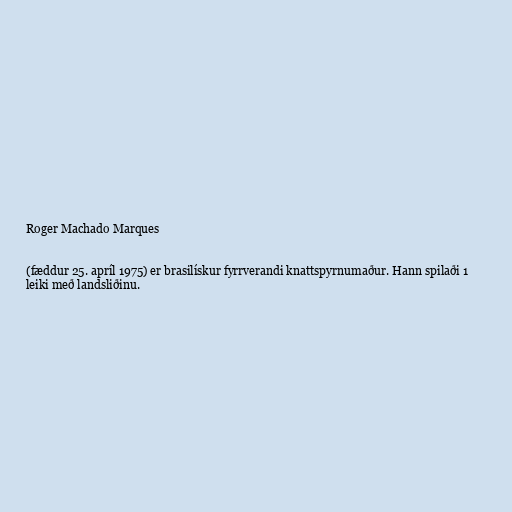
Roger Machado Marques

(fæddur 25. apríl 1975) er brasilískur fyrrverandi knattspyrnumaður. Hann spilaði 1
leiki með landsliðinu.